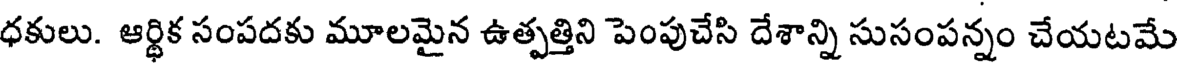
ధకులు. ఆర్థిక సంపదకు మూలమైన ఉత్పత్తిని పెంపుచేసి దేశాన్ని సుసంపన్నం చేయటమే